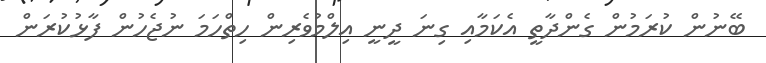
ބޭނުން ކުރަމުން ގެންދާތީ އެކަމާއި ގިނަ ދީނީ އިލްމުވެރިން ހިތްހަމަ ނުޖެހުން ފާޅުކުރަން